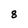
Character: 8